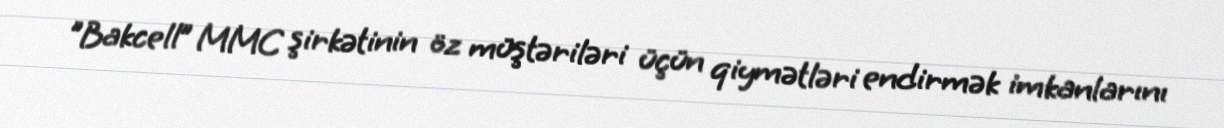
"Bakcell” MMC şirkətinin öz müştəriləri üçün qiymətləri endirmək imkanlarını